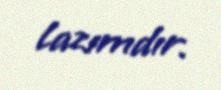
lazımdır.